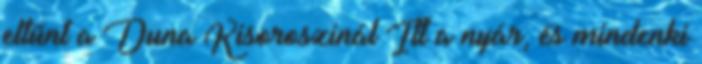
eltűnt a Duna Kisoroszinál Itt a nyár, és mindenki